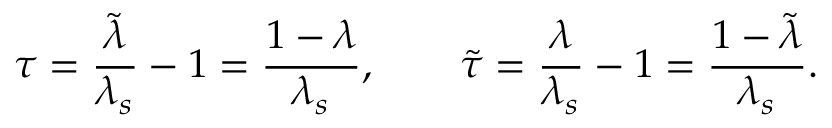
\tau = \frac { \tilde { \lambda } } { \lambda _ { s } } - 1 = \frac { 1 - \lambda } { \lambda _ { s } } , \qquad \tilde { \tau } = \frac { \lambda } { \lambda _ { s } } - 1 = \frac { 1 - \tilde { \lambda } } { \lambda _ { s } } .